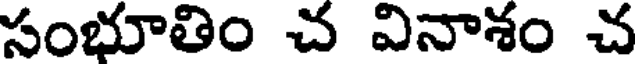
సంభూతిం చ వినాశం చ